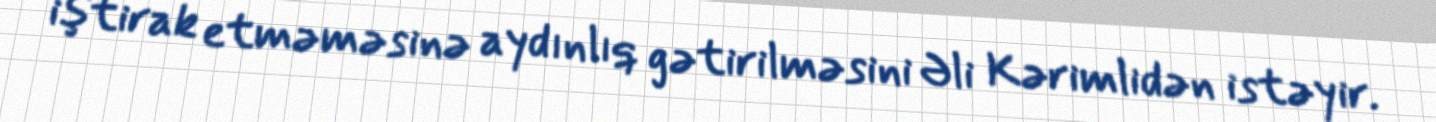
iştirak etməməsinə aydınlıq gətirilməsini Əli Kərimlidən istəyir.